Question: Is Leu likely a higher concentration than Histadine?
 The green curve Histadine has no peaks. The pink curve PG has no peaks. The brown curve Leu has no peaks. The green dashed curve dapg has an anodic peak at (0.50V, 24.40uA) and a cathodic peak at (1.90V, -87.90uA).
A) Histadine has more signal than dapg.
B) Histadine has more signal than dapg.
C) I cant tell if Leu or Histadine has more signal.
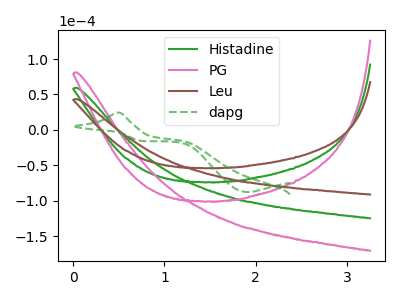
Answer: <think>Neither "Leu" or "Histadine" have any peaks.
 </think>
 <answer>C) I cant tell if "Leu" or "Histadine" has more signal.</answer>
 <eval>C</eval>